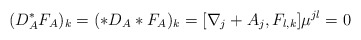
\begin{align*}(D^*_AF_A)_k=(*D_A*F_A)_k=[\nabla_j+A_j,F_{l,k}]\mu^{jl}=0\end{align*}